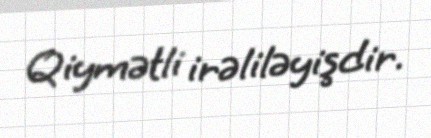
Qiymətli irəliləyişdir.